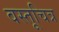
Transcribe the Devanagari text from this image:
वस्तूचित्र